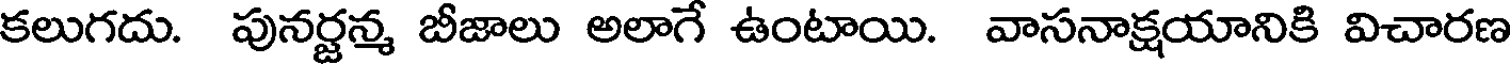
కలుగదు. పునర్జన్మ బీజాలు అలాగే ఉంటాయి. వాసనాక్షయానికి విచారణ